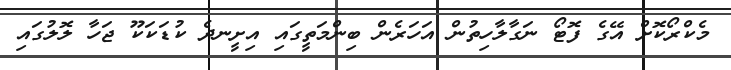
މެކްރޯކޮށް އޭގެ ފޮޓޯ ނަގާލާހިތުން އަހަރެން ބިންމަތީގައި އިށީނދެ ކުޑަކަކޫ ޖަހާ ލޮލުގައި